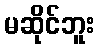
မဆိုင်ဘူး